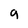
Character: g